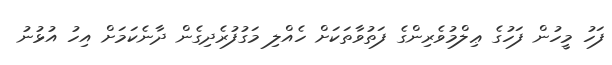
ފަހު މީހުން ފަހުގެ ޢިލްމުވެރިންގެ ފަތުވާތަކަށް ހެއްލި މަގުފުރެދިގެން ދާނެކަމަށް އިހު އުޅުނު